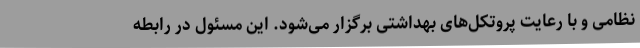
نظامی و با رعایت پروتکل‌های بهداشتی برگزار می‌شود. این مسئول در رابطه